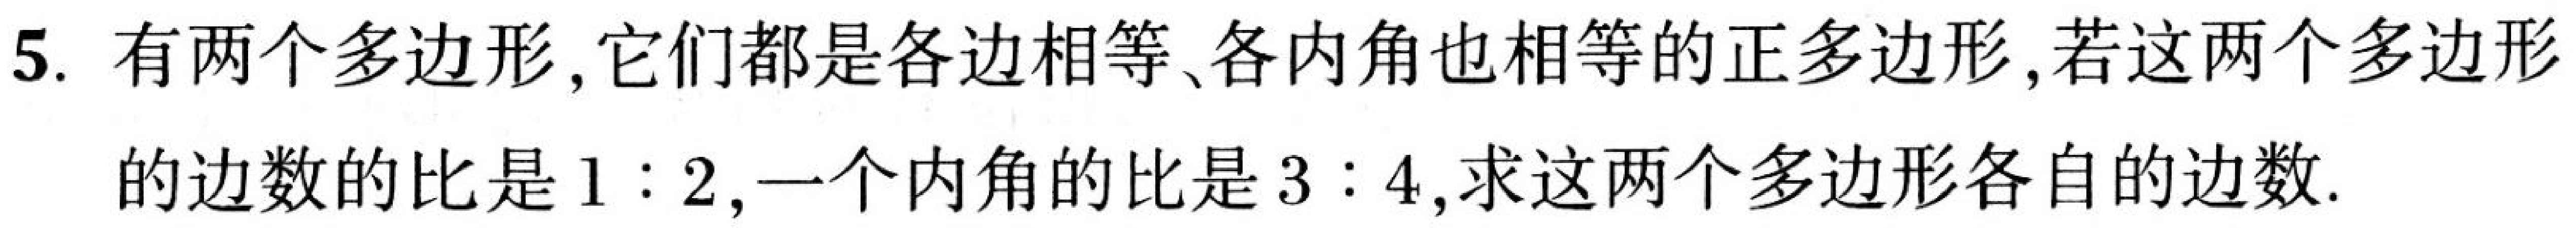
5. 有两个多边形,它们都是各边相等、各内角也相等的正多边形,若这两个多边形
的边数的比是\(1:2\),一个内角的比是\(3:4\),求这两个多边形各自的边数.